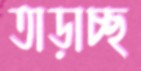
তাড়াচ্ছ